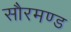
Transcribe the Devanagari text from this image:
सौरमण्ड